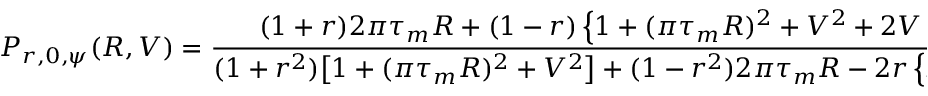
P _ { r , 0 , \psi } ( R , V ) = \frac { ( 1 + r ) 2 \pi \tau _ { m } R + ( 1 - r ) \left\{ 1 + ( \pi \tau _ { m } R ) ^ { 2 } + V ^ { 2 } + 2 V \sin \psi + [ 1 - ( \pi \tau _ { m } R ) ^ { 2 } - V ^ { 2 } ] \cos \psi \right\} } { ( 1 + r ^ { 2 } ) \big [ 1 + ( \pi \tau _ { m } R ) ^ { 2 } + V ^ { 2 } \big ] + ( 1 - r ^ { 2 } ) 2 \pi \tau _ { m } R - 2 r \left\{ 2 V \sin \psi + \big [ 1 - ( \pi \tau _ { m } R ) ^ { 2 } - V ^ { 2 } \big ] \cos \psi \right\} }